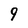
Character: 9